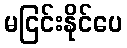
မငြင်းနိုင်ပေ